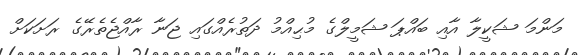
މަންމަ ޝަކީލާ އާއި ބައްޕަ ޝަމީލްގެ މުޙިއްމު ދަތުރެއްގައި ޖަނާ ރާއްޖެތެރޭގެ ރަށަކަށް